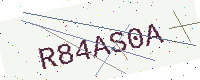
Text: R84AS0A